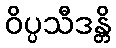
ဝိပ္ပသီဒန္တိ